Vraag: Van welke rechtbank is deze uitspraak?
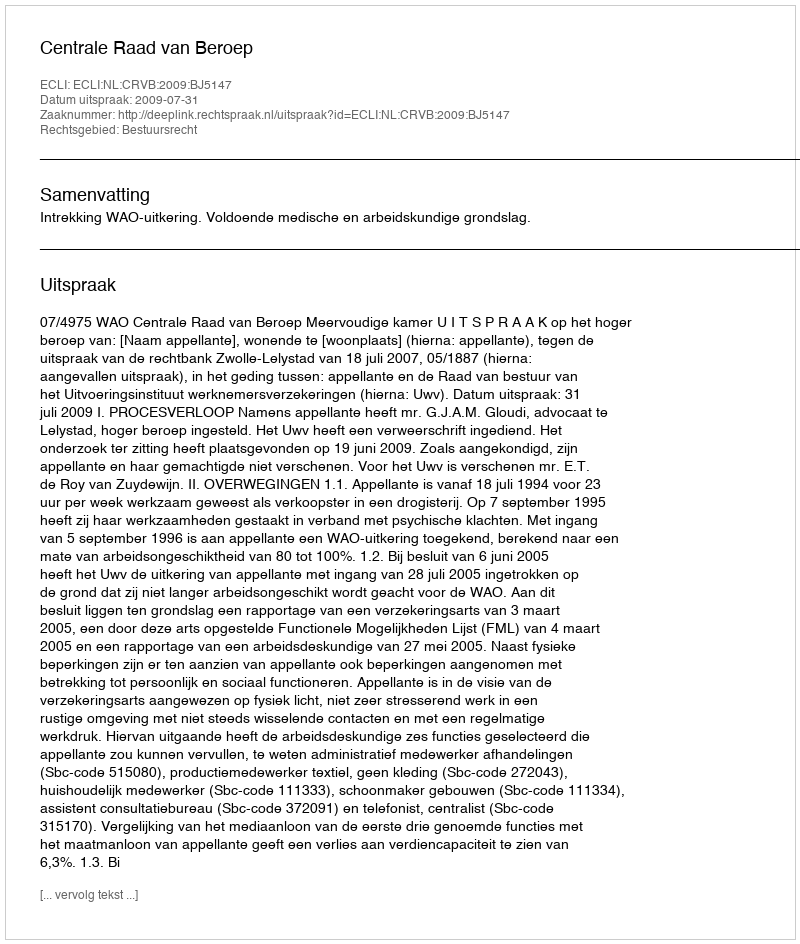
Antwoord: Centrale Raad van Beroep